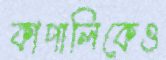
কাপালিকেও